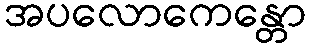
အပလောကေန္တော